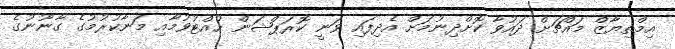
އިމްތިޔާޒް މައްޗަށް ދައުވާ ކޮށްދިނުމަށް އެދިފައި ވަނީ ކޮރަޕްޝަން ހުއްޓުވުމާއި މަނާކުރުމުގެ ގާނޫނުގެ